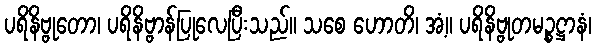
ပရိနိဗ္ဗုတော၊ ပရိနိဗ္ဗာန်ပြုလေပြီးသည်။ သစေ ဟောတိ၊ အံ့။ ပရိနိဗ္ဗုတမဉ္စဋ္ဌာနံ၊